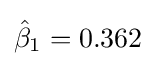
{\hat {\beta }}_{1}=0.362